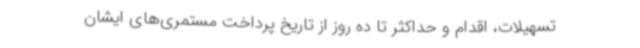
تسهیلات، اقدام و حداکثر تا ده روز از تاریخ پرداخت مستمری‌های ایشان